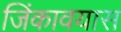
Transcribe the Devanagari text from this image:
जिंकावयास